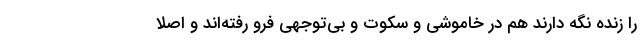
را زنده نگه‌ دارند هم در خاموشی و سکوت و بی‌توجهی فرو رفته‌اند و اصلا